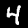
Digit: 4